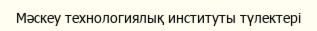
Мәскеу технологиялық институты түлектері